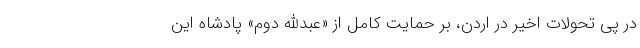
در پی تحولات اخیر در اردن، بر حمایت کامل از «عبدالله دوم» پادشاه این